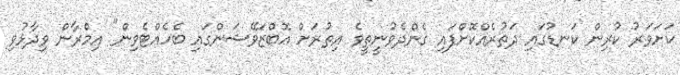
ކަށަވަރު ކުރިން ކަނޑުގައި ދަތުރެއްކޮށްފައި ގެންދެވުނީތީވެ އިތުރަށް އޮބްޒަވޭޝަންގައި ބެހެއްޓެވިން" އިމްރާން ވިދާޅުވި